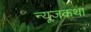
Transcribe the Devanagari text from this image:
न्यूज़कथा